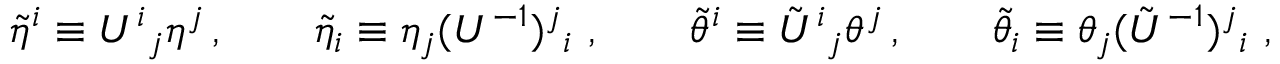
\widetilde { \eta } ^ { i } \equiv U ^ { i } { } _ { j } \eta ^ { j } \, , \qquad \widetilde { \eta } _ { i } \equiv \eta _ { j } ( U ^ { - 1 } ) ^ { j } { } _ { i } \ , \qquad \widetilde { \theta } ^ { i } \equiv \tilde { U } ^ { i } { } _ { j } \theta ^ { j } \, , \qquad \widetilde { \theta } _ { i } \equiv \theta _ { j } ( \tilde { U } ^ { - 1 } ) ^ { j } { } _ { i } \ ,